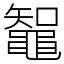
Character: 鼅